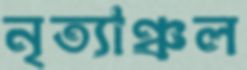
নৃত্যাঞ্চল